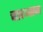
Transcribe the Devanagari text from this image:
चारणान